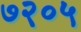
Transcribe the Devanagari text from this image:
७२०५